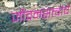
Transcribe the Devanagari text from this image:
जीवनसत्वांचे